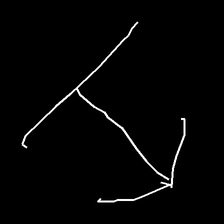
Glyph: levitation